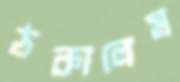
ঠকালেম